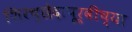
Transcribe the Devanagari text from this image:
शिरच्छेदापूर्वीच्या